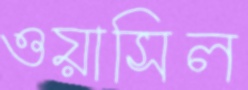
ওয়াসিল